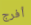
أفرج